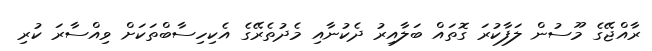
ރާއްޖޭގެ މޫސުން ލަފާކުރަ ގޮތައް ބަލާއިރު ދެކުނާއި މެދުތެރޭގެ އެކިހިސާބްތަކަށް ވިއްސާރަ ކުރި